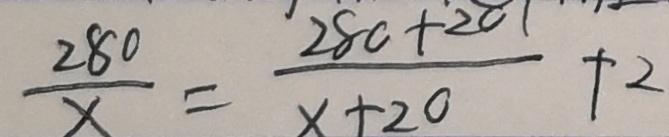
\frac { 2 8 0 } { x } = \frac { 2 8 0 + 2 0 } { x + 2 0 } + 2